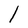
Character: l